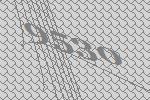
9530